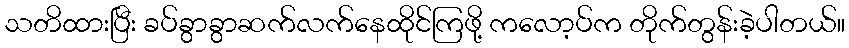
သတိထားပြီး ခပ်ခွာခွာဆက်လက်နေထိုင်ကြဖို့ ကလော့ပ်က တိုက်တွန်းခဲ့ပါတယ်။